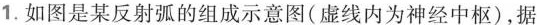
1.如图是某反射弧的组成示意图(虚线内为神经中枢)，据